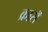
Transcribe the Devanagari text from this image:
क्रासॅ